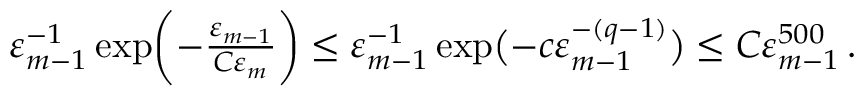
\begin{array} { r } { \varepsilon _ { m - 1 } ^ { - 1 } \exp \biggl ( - \frac { \varepsilon _ { m - 1 } } { C \varepsilon _ { m } } \bigg ) \leq \varepsilon _ { m - 1 } ^ { - 1 } \exp \bigl ( - c \varepsilon _ { m - 1 } ^ { - ( q - 1 ) } \bigr ) \leq C \varepsilon _ { m - 1 } ^ { 5 0 0 } \, . } \end{array}